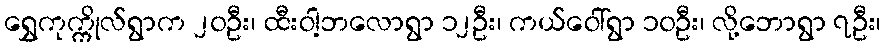
ရွှေကုက္ကိုလ်ရွာက ၂၀ဦး၊ ထီးဝါ့ဘလောရွာ ၁၂ဦး၊ ကယ်ဝေါ်ရွာ ၁၀ဦး၊ လို့ဘောရွာ ၇ဦး၊